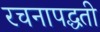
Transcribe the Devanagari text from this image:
रचनापद्धती